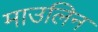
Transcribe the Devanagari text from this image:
माउलिन